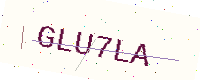
Text: GLU7LA